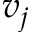
v _ { j }